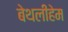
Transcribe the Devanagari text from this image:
बेथलीहेम